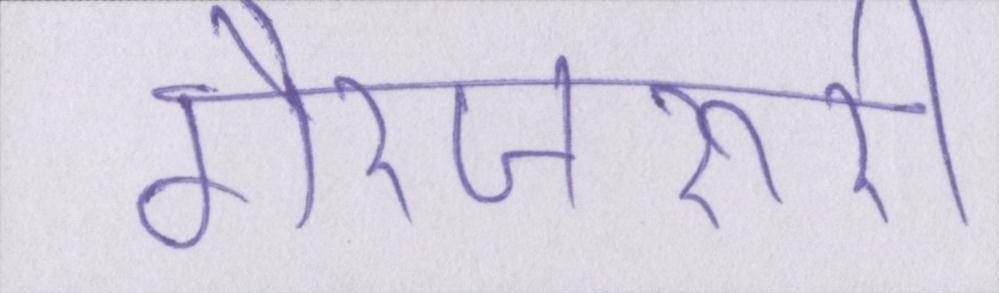
गैरजरूरी